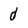
Character: d